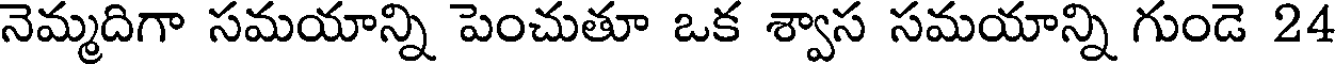
నెమ్మదిగా సమయాన్ని పెంచుతూ ఒక శ్వాస సమయాన్ని గుండె 24